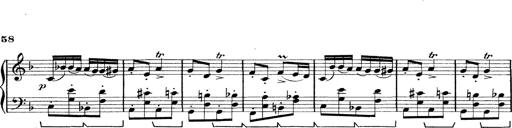
Title: Rapsodie: 19 ungheresi, 1 spagnuola
Composer: Franz Liszt